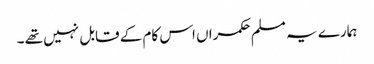
ہمارے یہ مسلم حکمراں اس کام کے قابل نہیں تھے ۔